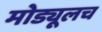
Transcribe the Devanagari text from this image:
मोड्यूलच